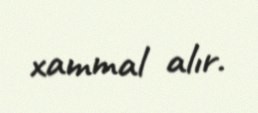
xammal alır.